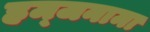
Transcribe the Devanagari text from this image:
हम्जनामा